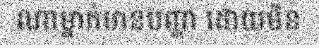
ណាម្នាក់មានបញ្ហា ដោយមិន